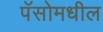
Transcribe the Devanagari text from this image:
पॅसोमधील